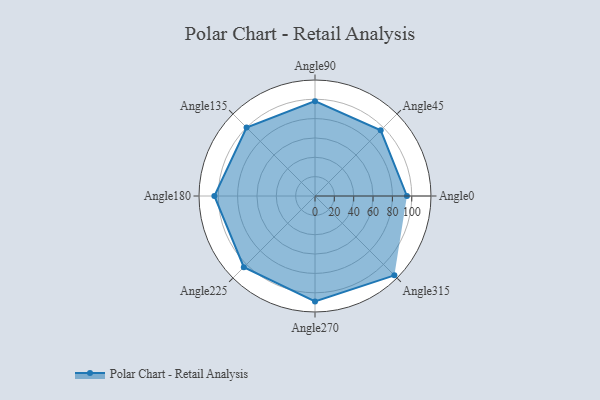
{"axis": {"x": "Angle", "y": "Radius"}, "legend": [""], "data": [{"x": "Angle0", "y": 95.0, "type": ""}, {"x": "Angle45", "y": 96.0, "type": ""}, {"x": "Angle90", "y": 98.0, "type": ""}, {"x": "Angle135", "y": 100.0, "type": ""}, {"x": "Angle180", "y": 104.0, "type": ""}, {"x": "Angle225", "y": 104.0, "type": ""}, {"x": "Angle270", "y": 109.0, "type": ""}, {"x": "Angle315", "y": 116.0, "type": ""}]}